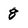
Character: 8